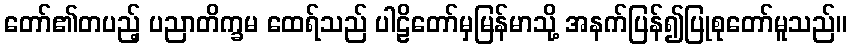
တော်၏တပည့် ပညာတိက္ခမ ထေရ်သည် ပါဠိတော်မှမြန်မာသို့ အနက်ပြန်၍ပြုစုတော်မူသည်။